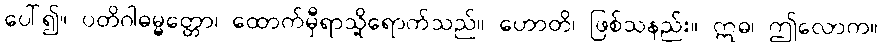
ပေါ်၍။ ပတိဂါဓမ္မတ္တော၊ ထောက်မှီရာသို့ရောက်သည်။ ဟောတိ၊ ဖြစ်သနည်း။ ဣဓ၊ ဤလောက။